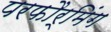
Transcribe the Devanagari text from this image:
परफौर्मिंग